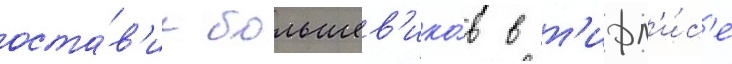
оста́в'ил большев'ико́в в т'ифл'и́с'е